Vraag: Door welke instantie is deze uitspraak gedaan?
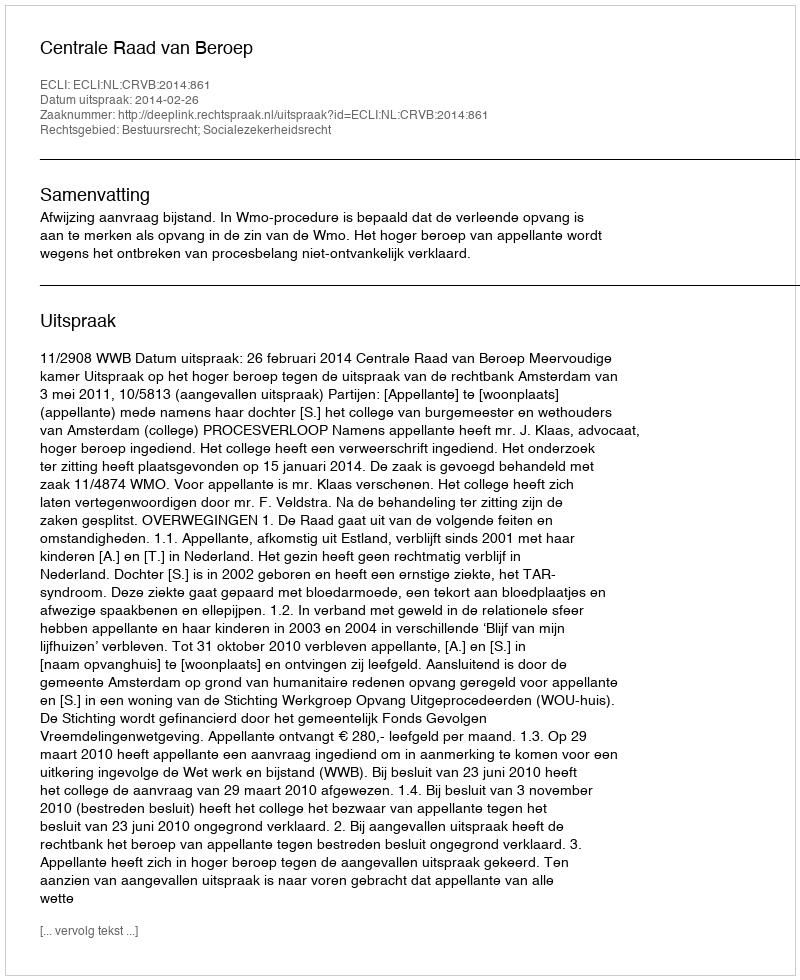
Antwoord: Centrale Raad van Beroep